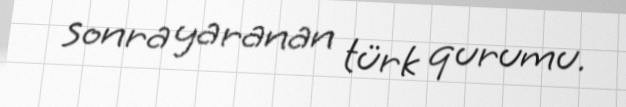
sonra yaranan türk qurumu.